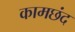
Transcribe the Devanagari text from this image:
कामछंद